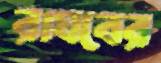
রাঘবের